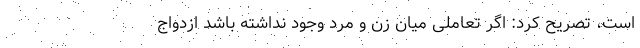
است، تصریح کرد: اگر تعاملی میان زن و مرد وجود نداشته باشد ازدواج